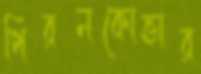
পিরনকোভার